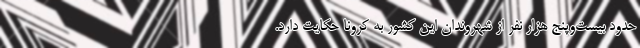
حدود بیست‌وپنج هزار نفر از شهروندان این کشور به کرونا حکایت دارد.